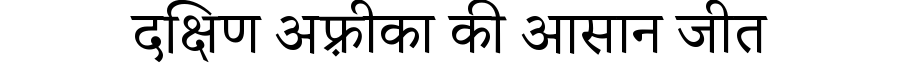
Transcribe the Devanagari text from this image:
दक्षिण अफ़्रीका की आसान जीत